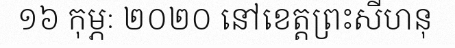
១៦ កុម្ភៈ ២០២០ នៅខេត្តព្រះសីហនុ